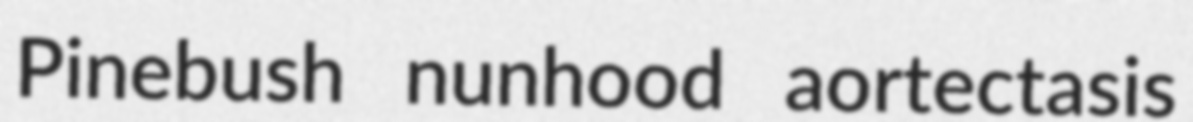
Pinebush nunhood aortectasis